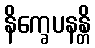
နိက္ခေပနန္တိ